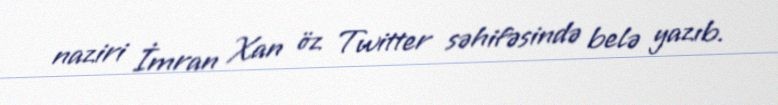
naziri İmran Xan öz Twitter səhifəsində belə yazıb.